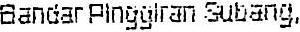
BANDAR PINGGLRAN SUBANG.